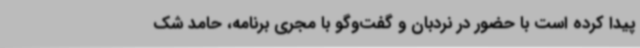
پیدا کرده است با حضور در نردبان و گفت‌وگو با مجری برنامه، حامد شک